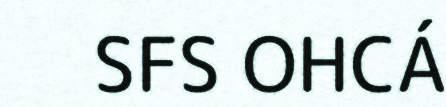
SFS OHCÁ